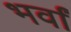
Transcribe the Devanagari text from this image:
भर्वां